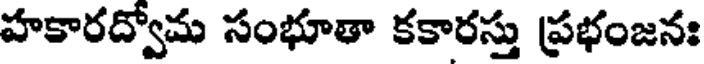
హకారద్వోమ సంభూతా కకారస్తు ప్రభంజనః